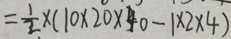
= \frac { 1 } { 2 } \times ( 1 0 \times 2 0 \times 4 0 - 1 \times 2 \times 4 )